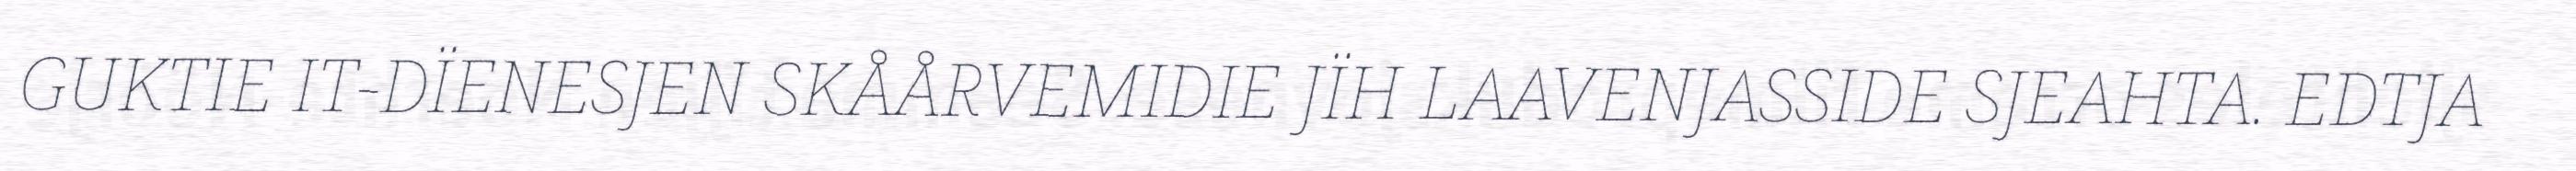
GUKTIE IT-DÏENESJEN SKÅÅRVEMIDIE JÏH LAAVENJASSIDE SJEAHTA. EDTJA